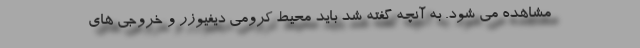
مشاهده می شود. به آنچه گفته شد باید محیط کرومی دیفیوزر و خروجی های